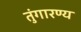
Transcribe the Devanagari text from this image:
तुंगारण्य